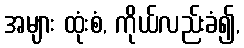
အများ ထုံးစံ, ကိုယ်လည်းခံ၍,